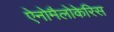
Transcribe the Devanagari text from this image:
ऐनोमैलोकेरिस